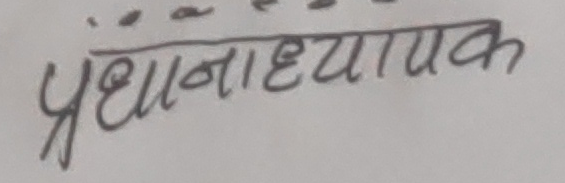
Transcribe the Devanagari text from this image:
प्रधानाध्यापक